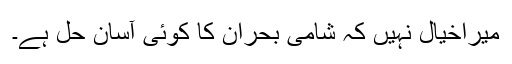
میراخیال نہیں کہ شامی بحران کا کوئی آسان حل ہے۔